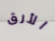
الأرق